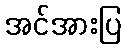
အင်အားပြ